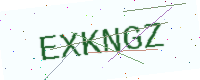
Text: EXKNGZ